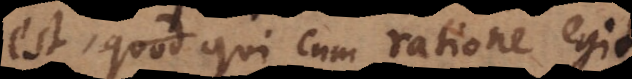
est, qui cum ratione egit,